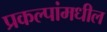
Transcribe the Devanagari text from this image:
प्रकल्पांमधील